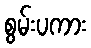
စွမ်းပကား